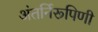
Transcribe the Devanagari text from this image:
अंतर्निरूपिणी